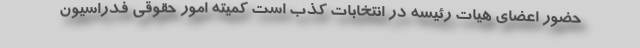
حضور اعضای هیات رئیسه در انتخابات کذب است کمیته امور حقوقی فدراسیون